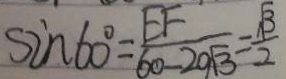
\sin 6 0 ^ { \circ } = \frac { E F } { 6 0 - 2 \sqrt { 3 } } = \frac { \sqrt { 3 } } { 2 }